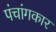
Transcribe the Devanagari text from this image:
पंचांगकार